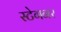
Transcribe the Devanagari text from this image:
स्टेगनर